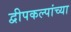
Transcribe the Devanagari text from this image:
द्वीपकल्पांच्या